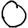
Digit: 0